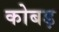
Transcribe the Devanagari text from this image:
कोबड़